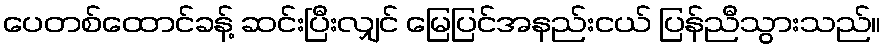
ပေတစ်ထောင်ခန့် ဆင်းပြီးလျှင် မြေပြင်အနည်းငယ် ပြန်ညီသွားသည်။